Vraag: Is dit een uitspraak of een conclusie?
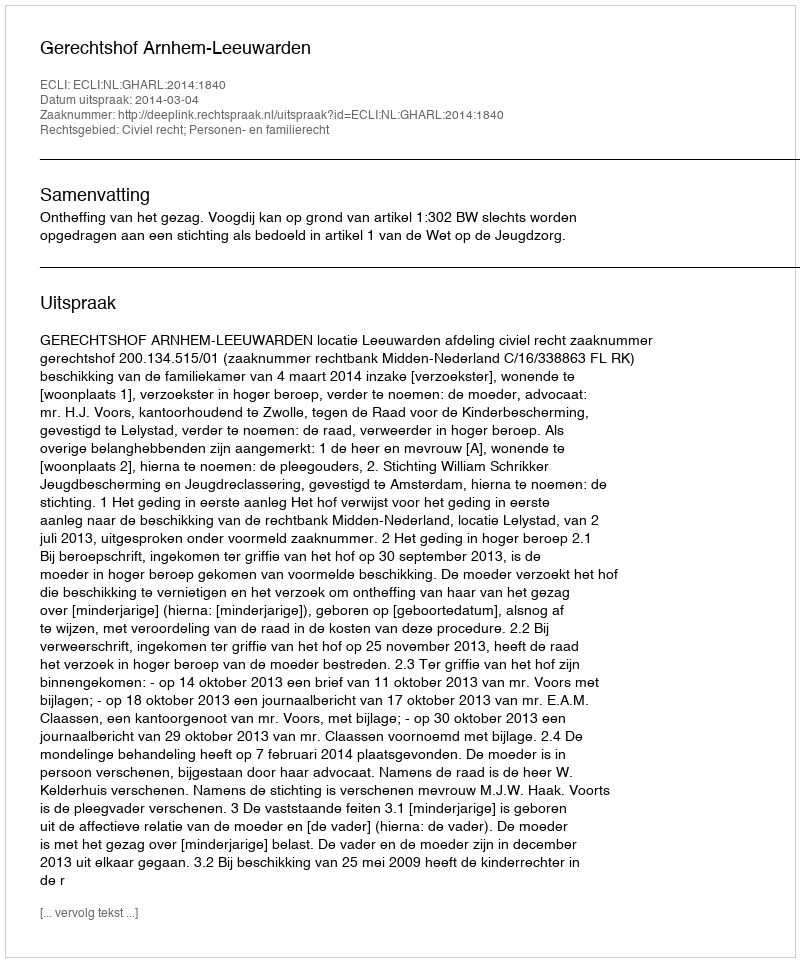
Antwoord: Uitspraak